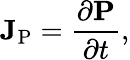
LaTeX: \mathbf{J}_{\mathrm{P}}={\frac{\partial\mathbf{P}}{\partial t}},